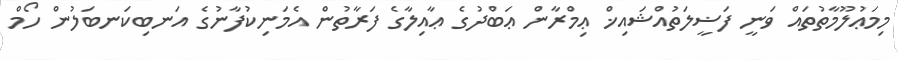
މިމަޢުލޫމާތުތައް ވަނީ ފަޟީލަތުއްޝައިޚް ޢިމްރާން ޢަބްދުގެ ޢާއިލާގެ ފަރާތުން އެމަނިކުފާނުގެ އަނބިކަނބަލުން ހޯމް